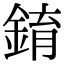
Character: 錥